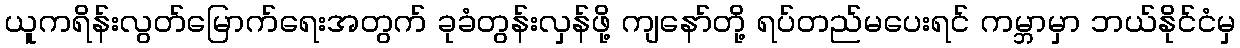
ယူကရိန်းလွတ်မြောက်ရေးအတွက် ခုခံတွန်းလှန်ဖို့ ကျနော်တို့ ရပ်တည်မပေးရင် ကမ္ဘာမှာ ဘယ်နိုင်ငံမှ